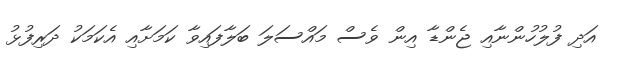
އަދި ފުލުހުންނާއި ޖެންޑާ އިން ވެސް މައްސަލަ ބަލާފައިވާ ކަމަށާއި އެކަމަކު ދަރިފުޅު